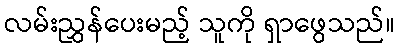
လမ်းညွှန်ပေးမည့် သူကို ရှာဖွေသည်။